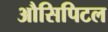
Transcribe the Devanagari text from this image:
औसिपिटल